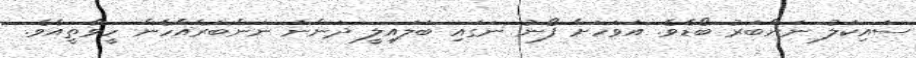
ސައިކަލު ނަންބަރު ބޯޑެވެ. އަވަހަށް ފޯނު ނަގައި ބަލައިލީ ދަންނަ ނަންބަރެއްހެން ހީވާތީއެވެ.